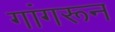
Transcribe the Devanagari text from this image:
गांगरून